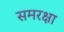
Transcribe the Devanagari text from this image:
समरक्षा